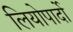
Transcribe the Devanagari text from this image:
लियोपार्दो